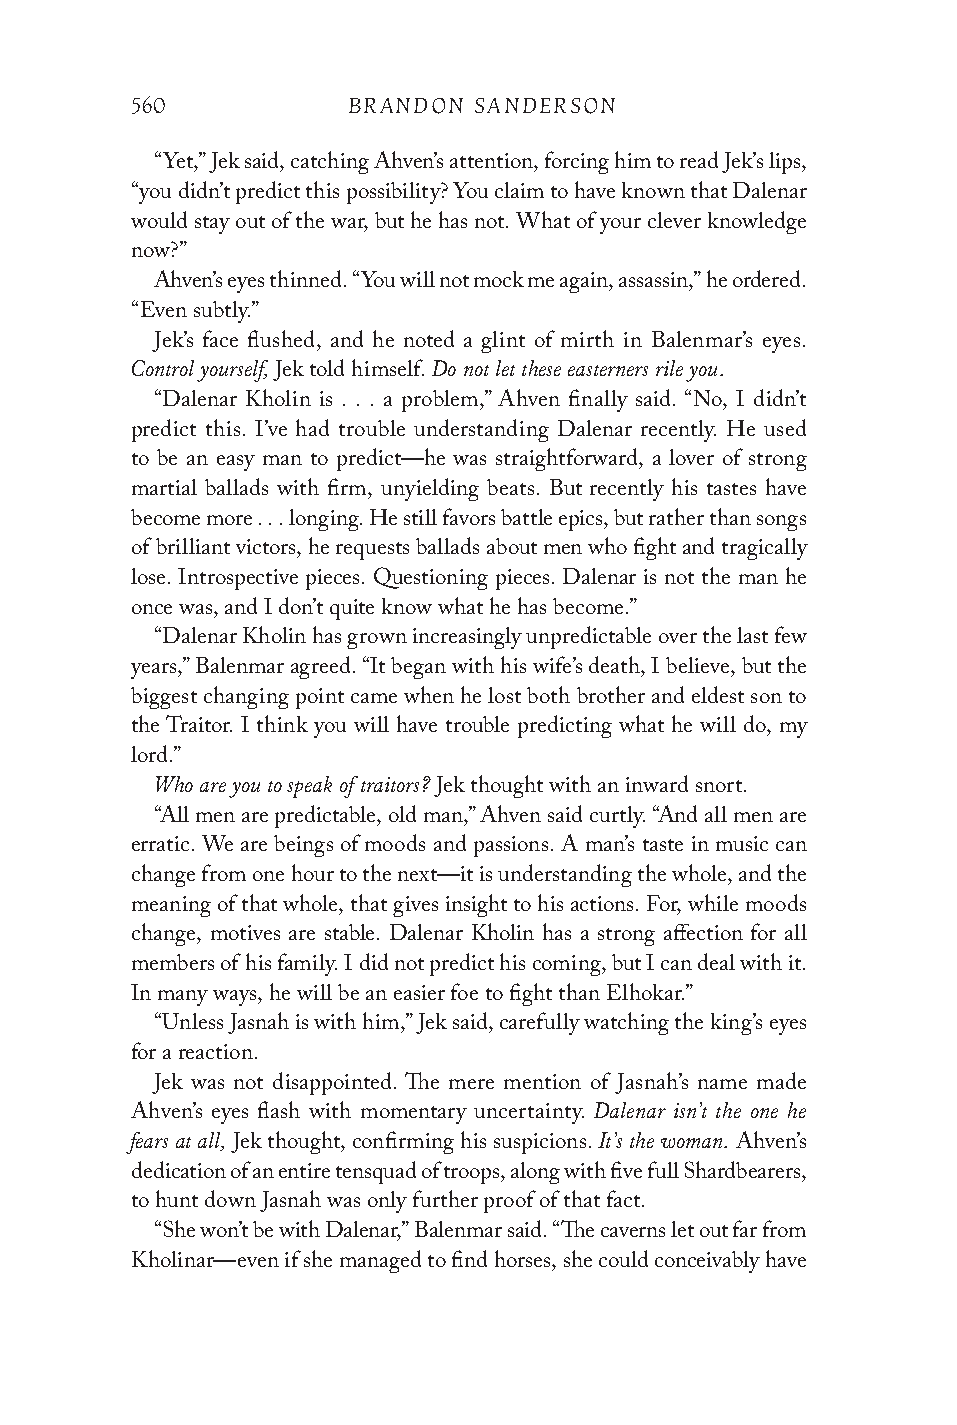
560           BRANDON SANDERSON
 “Yet,” Jek said, catching Ahven’s attention, forcing him to read Jek’s lips,
 “you didn’t predict this possibility? You claim to have known that Dalenar
 would stay out of the war, but he has not. What of your clever knowledge
 now?”
 Ahven’s eyes thinned. “You will not mock me again, assassin,” he ordered.
 “Even subtly.”
 Jek’s face flushed, and he noted a glint of mirth in Balenmar’s eyes.
 Control yourself,   Do not let these easterners rile you.
 Jek told himself.
 “Dalenar Kholin is . . . a problem,” Ahven finally said. “No, I didn’t
 predict this. I’ve had trouble understanding Dalenar recently. He used
 to be an easy man to predict—he was straightforward, a lover of strong
 martial ballads with firm, unyielding beats. But recently his tastes have
 become more . . . longing. He still favors battle epics, but rather than songs
 of brilliant victors, he requests ballads about men who fight and tragically
 lose. Introspective pieces. Questioning pieces. Dalenar is not the man he
 once was, and I don’t quite know what he has become.”
 “Dalenar Kholin has grown increasingly unpredictable over the last few
 years,” Balenmar agreed. “It began with his wife’s death, I believe, but the
 biggest changing point came when he lost both brother and eldest son to
 the Traitor. I think you will have trouble predicting what he will do, my
 lord.”
 Who are you to speak of traitors?
 Jek thought with an inward snort.
 “All men are predictable, old man,” Ahven said curtly. “And all men are
 erratic. We are beings of moods and passions. A man’s taste in music can
 change from one hour to the next—it is understanding the whole, and the
 meaning of that whole, that gives insight to his actions. For, while moods
 change, motives are stable. Dalenar Kholin has a strong affection for all
 members of his family. I did not predict his coming, but I can deal with it.
 In many ways, he will be an easier foe to fight than Elhokar.”
 “Unless Jasnah is with him,” Jek said, carefully watching the king’s eyes
 for a reaction.
 Jek was not disappointed. The mere mention of Jasnah’s name made
 Dalenar isn’t the one he
 Ahven’s eyes flash with momentary uncertainty.
 fears at all,                  It’s the woman.
 Jek thought, confirming his suspicions. Ahven’s
 dedication of an entire tensquad of troops, along with five full Shardbearers,
 to hunt down Jasnah was only further proof of that fact.
 “She won’t be with Dalenar,” Balenmar said. “The caverns let out far from
 Kholinar—even if she managed to find horses, she could conceivably have